Causation and prevention of malarial fevers: a statement of the results of researches drawn up for the use of assistant surgeons, hospital assistants and students
Disease focus: Malaria
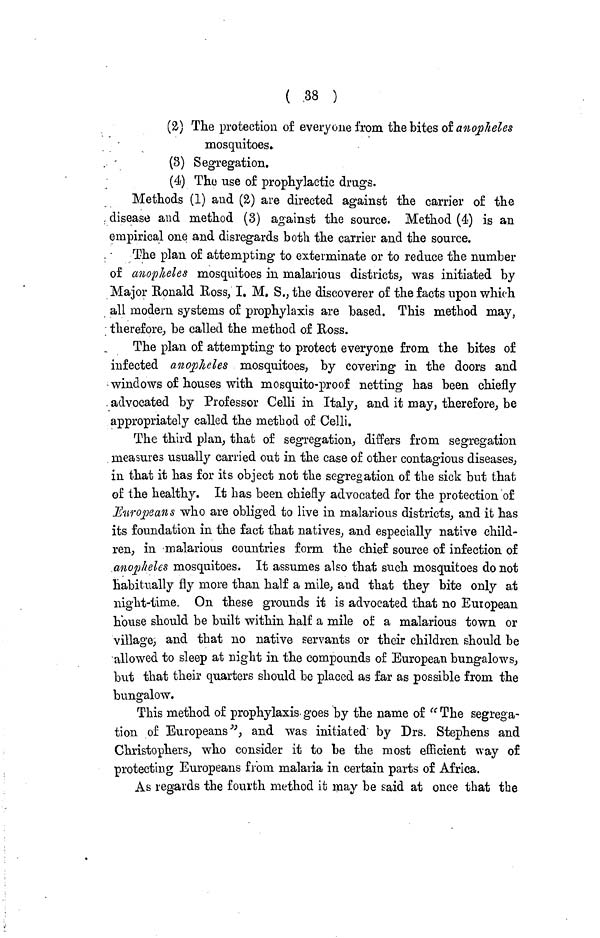
( 38 )
(2) The protection of everyone from the bites of anopheles
mosquitoes.
(3)
Segregation.
(4) The use of prophylactic drugs.
Methods (1) and (2) are directed against the carrier of the
. disease and method (3) against the source. Method (4) is an
empirical one and disregards both the carrier and the source.
The plan of attempting to exterminate or to reduce the number
of anopheles mosquitoes in malarious districts, was initiated by
Major Ronald Ross, I. M. S., the discoverer of the facts upon which
all modern systems of prophylaxis are based. This method may,
therefore, be called the method of Ross.
The plan of attempting to protect everyone from the bites of
infected anopheles mosquitoes, by covering in the doors and
windows of houses with mosquito-proof netting has been chiefly
. advocated by Professor Celli in Italy, and it may, therefore, be
appropriately called the method of Celli.
The third plan, that of segregation, differs from segregation
measures usually carried out in the case of other contagious diseases,
in that it has for its object not the segregation of the sick but that
of the healthy. It has been chiefly advocated for the protection of
Europeans who are obliged to live in malarious districts, and it has
its foundation in the fact that natives, and especially native child-
ren, in malarious countries form the chief source of infection of
anopheles mosquitoes. It assumes also that such mosquitoes do not
habitually fly more than half a mile, and that they bite only at
night-time. On these grounds it is advocated that no European
house should be built within half a mile of a malarious town or
village, and that no native servants or their children should be
allowed to sleep at night in the compounds of European bungalows,
but that their quarters should be placed as far as possible from the
bungalow.
This method of prophylaxis goes by the name of " The segrega-
tion of Europeans", and was initiated by Drs. Stephens and
Christophers, who consider it to be the most efficient way of
protecting Europeans from malaria in certain parts of Africa.
As regards the fourth method it may be said at once that the